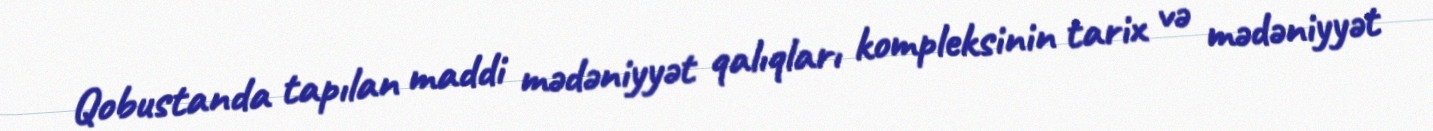
Qobustanda tapılan maddi mədəniyyət qalıqları kompleksinin tarix və mədəniyyət